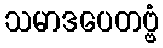
သမာဒပေတဗ္ဗံ